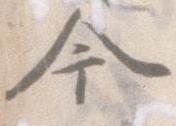
今